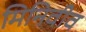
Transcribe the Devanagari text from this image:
मिनिवीव